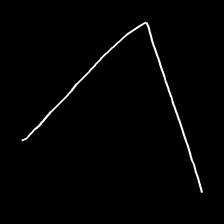
Glyph: region